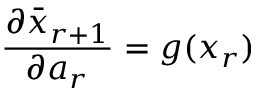
\frac { \partial \bar { x } _ { r + 1 } } { \partial a _ { r } } = g ( x _ { r } )